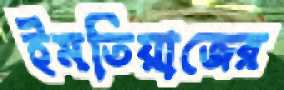
ইমতিয়াজের